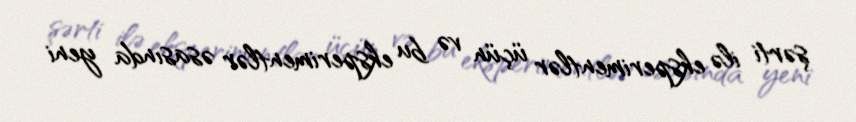
şərti ilə eksperimentlər üçün və bu eksperimentlər əsasında yeni